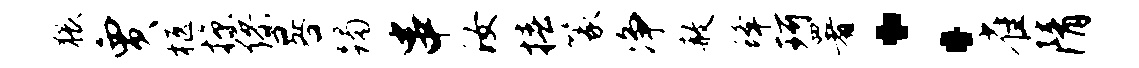
猥贾柩掠缪晷躅串汝椿篆净赦蜂珂署：雀隋